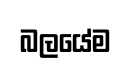
බලයේම